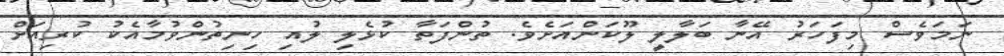
ނަމަވެސް މިފަހަރު އޭނާ ބަލާލީ ލޫކަންއަށެވެ. ތުންފަތާ ކުޅެލި ލުއި ހިނިތުންވުމާއެކު ކުރިއަށް